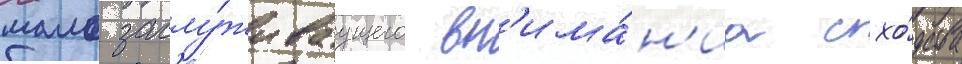
мало заслу́живаущего вн'има́н'иа схо́дства